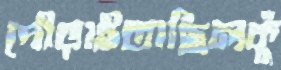
দৌড়াইতাছিলকুঁ